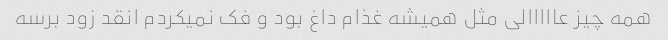
همه چیز عااااالی مثل همیشه غذام داغ بود و فک نمیکردم انقد زود برسه